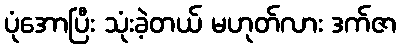
ပုံအောပြီး သုံးခဲ့တယ် မဟုတ်လား ဒက်ဇာ